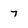
Character: 7